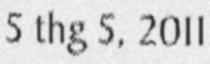
5 thg 5, 2011